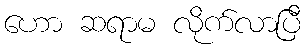
ဟော ဆရာမ လိုက်လာပြီ